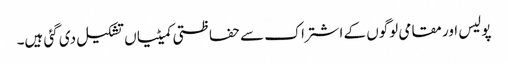
پولیس اور مقامی لوگوں کے اشتراک سے حفاظتی کمیٹیاں تشکیل دی گئی ہیں۔